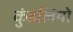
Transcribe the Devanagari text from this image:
कुंडलियो